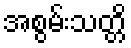
အစွမ်းသတ္တိ